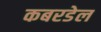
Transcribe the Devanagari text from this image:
कबरडेल